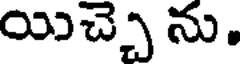
యిచ్చె ను.